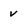
Character: v